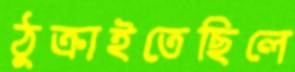
ঠুক্‌রাইতেছিলে